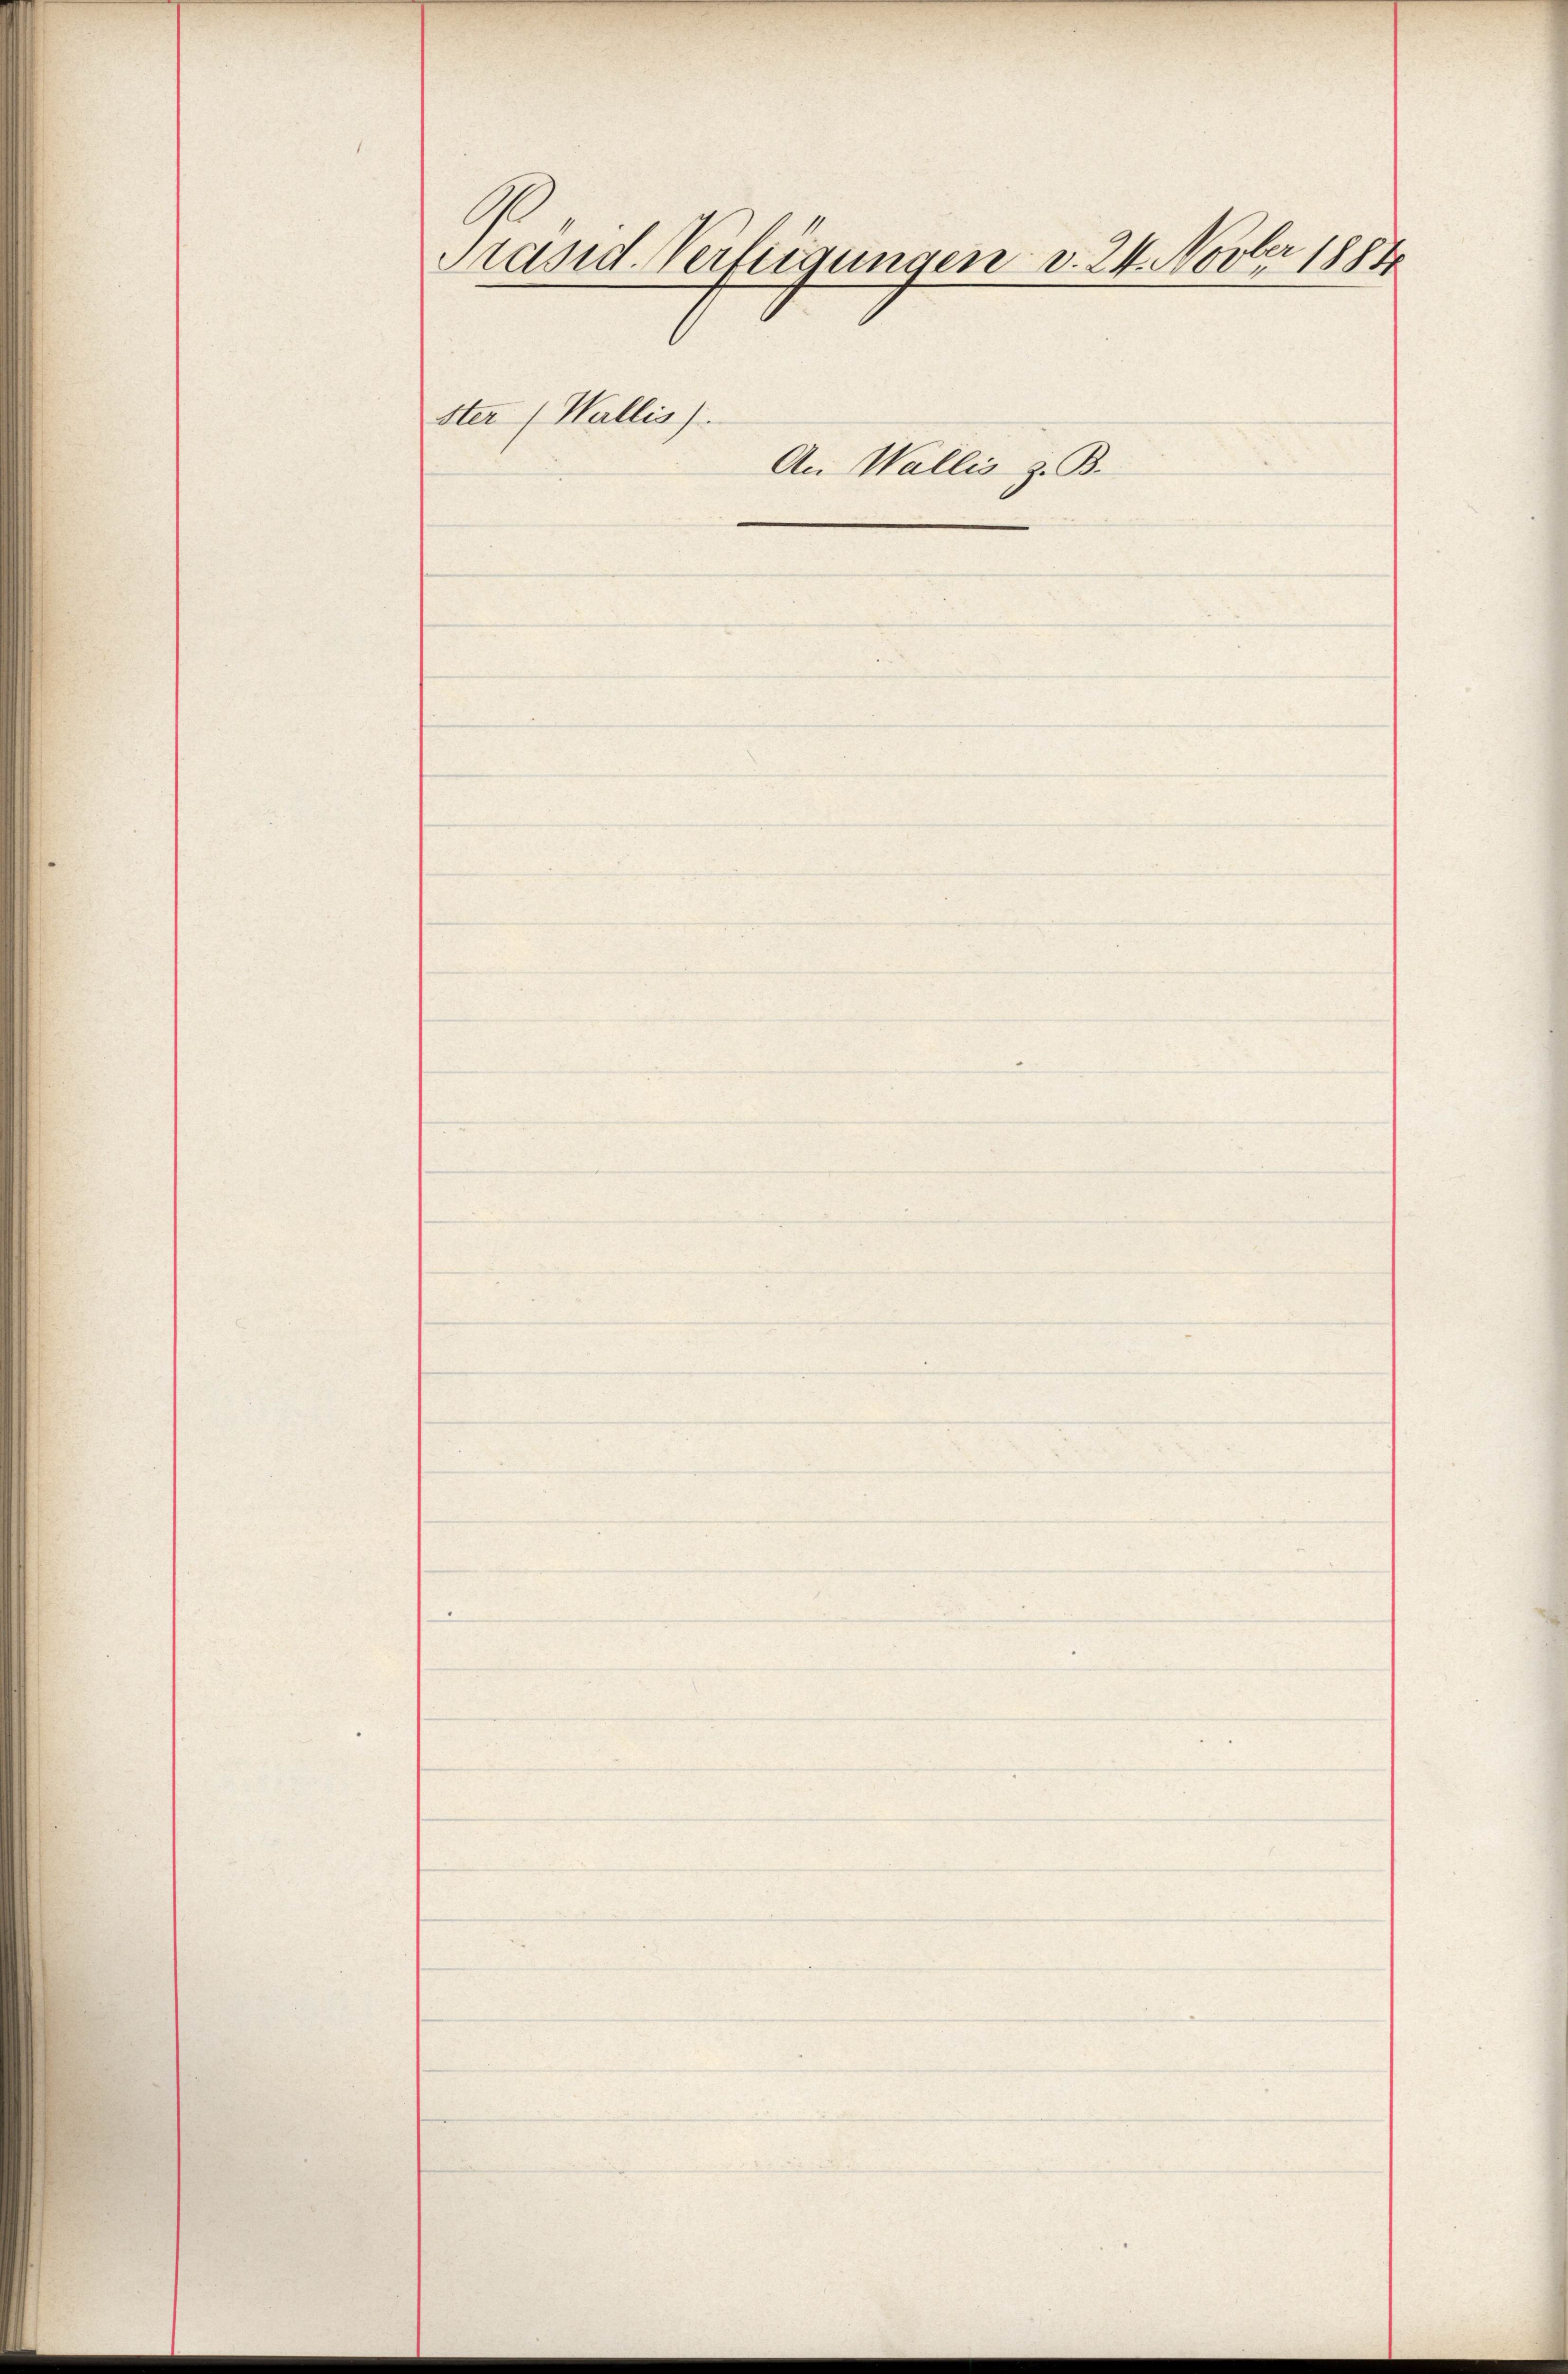
Präsid. Verfügungen v. 24. Novber 1884

ster (Wallis).

An Wallis z. B.